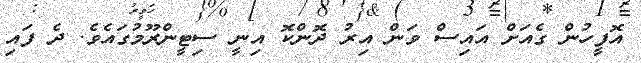
އޮފީހުން ގެއަށް އައިސް ވަން އިރު ދޮންކޮ އިނީ ސިޓީންރޫމުގައެވެ. ދެ ފައި